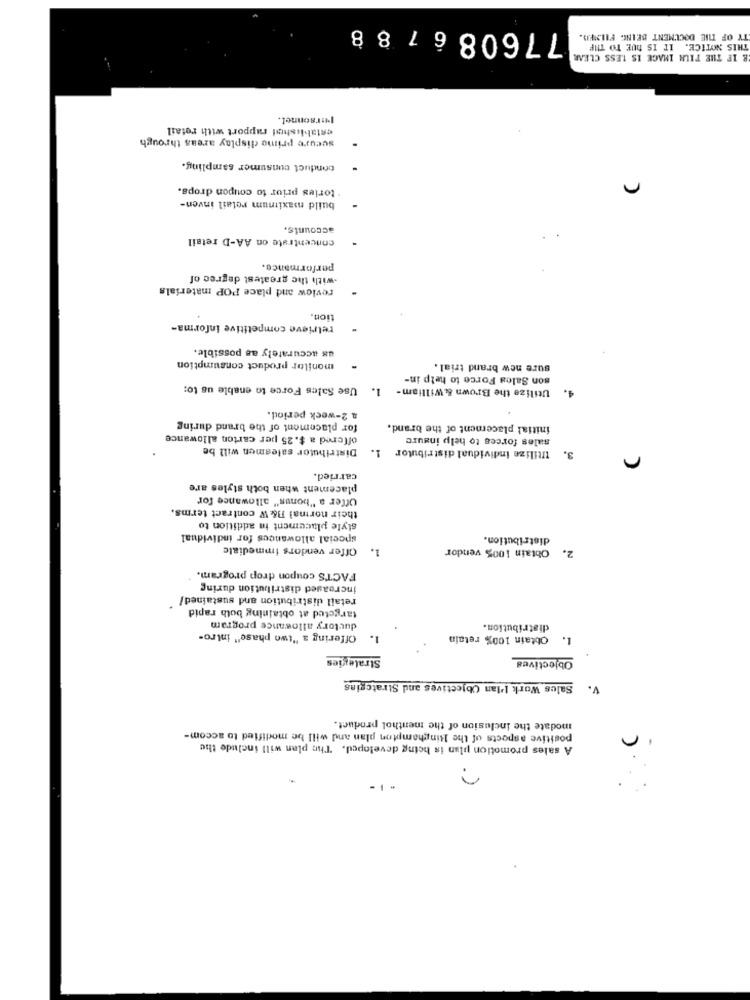
776086788
TY OF THE DOCUMENT BEING FILMER.
THIS NOTICE. IT IS DUE TO THE
E IF THE TIL IMAGE IS LESS CLEAR
Personnet.
establishol rapport with retail
secure prime display areas through
conduct consumer sampling.
tories prior to coupon drops.
build maximum retail inven-
accounts.
concentrate on AA-D retail
performance.
.with the greatest degree of
review and place POP materials
tion.
retrieve competitive informa-
us accurately as possible.
monilor product consumption
sure new brand trial.
son Sales Force to help in-
Use Sales Force to enable us to:
1.
Utilize the Brown & William-
a 2-week period.
for placement of the brand during
initial placement of the brand.
offered a $. 25 per carton allowance
sales forces to help insure
Distributor salesmen will be
Utilize individual distributor 1.
3.
carried.
placement when both styles are
Offer a "bonus" allowance for
their normal B& W contract terms.
style placement in addition to
special allowances for individual
distribution.
Offer vendors immediale
1.
Obtain 100% vendor
2.
FACTS coupon drop program.
increased distribution during
retail distribution and sustained/
targeted at obtaining both rapid
ductory allowance program
distribution.
Offering a "two phase" intro-
1.
1. Obtain 100% retain
Strategies
Objectives
Sales Work I'lan Objectives and Strategies
V.
modate the inclusion of the menthol product.
positive aspects of the Ringhampton plan and will be modified to accom-
n
A sales promotion plan is being developed. The plan will include the